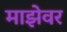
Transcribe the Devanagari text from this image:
माझेवर